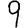
Digit: 9